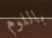
باللوم